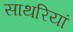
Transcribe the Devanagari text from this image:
साथरियां